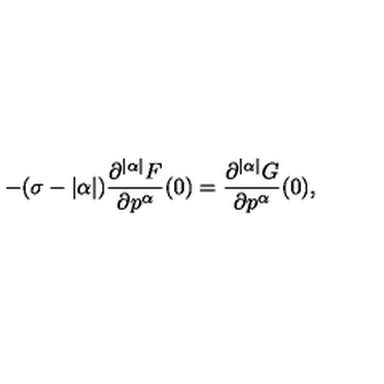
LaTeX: - ( \sigma - | \alpha | ) \frac { \partial ^ { | \alpha | } F } { \partial p ^ { \alpha } } ( 0 ) = \frac { \partial ^ { | \alpha | } G } { \partial p ^ { \alpha } } ( 0 ) ,